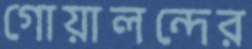
গোয়ালন্দের